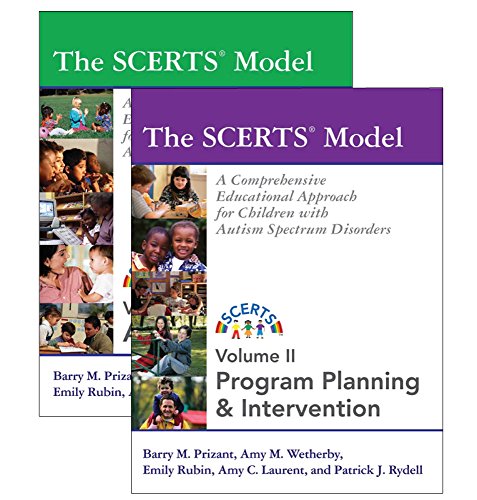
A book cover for The Scerts Model: A Comprehensive Educational Approach for Children With Autism Spectrum Disorders (2 volume set); Barry M. Prizant; Medical Books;